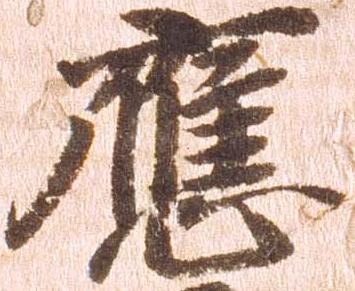
応